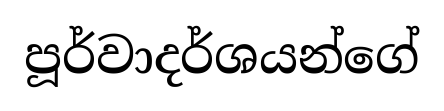
පූර්වාදර්ශයන්ගේ